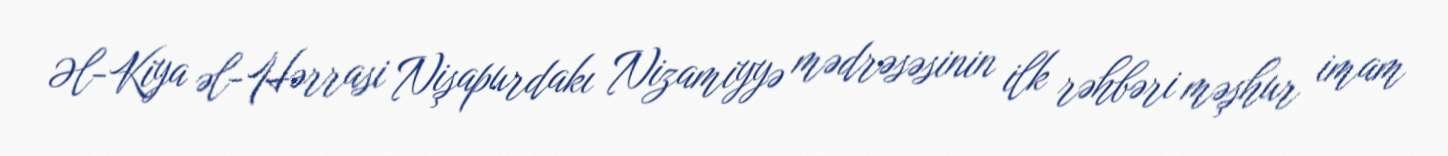
Əl-Kiya əl-Hərrasi Nişapurdakı Nizamiyyə mədrəsəsinin ilk rəhbəri məşhur imam